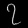
Digit: ၇